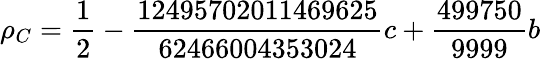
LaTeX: \rho_{C}=\frac{1}{2}-\frac{12495702011469625}{62466004353024}c+\frac{499750}{9999}b